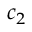
c _ { 2 }